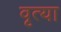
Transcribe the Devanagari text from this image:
वृत्या